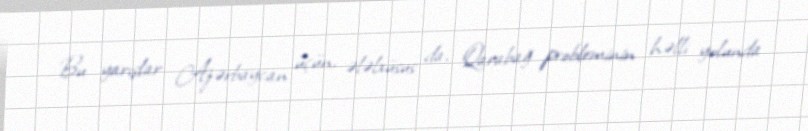
Bu yarışlar Azərbaycan üçün, ələlxüsus da, Qarabağ probleminin həlli yolunda